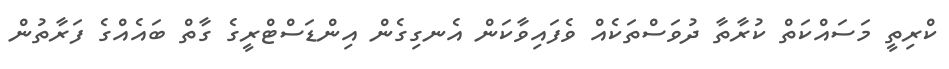
ކްރިތީ މަސައްކަތް ކުރާތާ ދުވަސްތަކެއް ވެފައިވާކަން އެނގިގެން އިންޑަސްޓްރީގެ ގާތް ބައެއްގެ ފަރާތުން